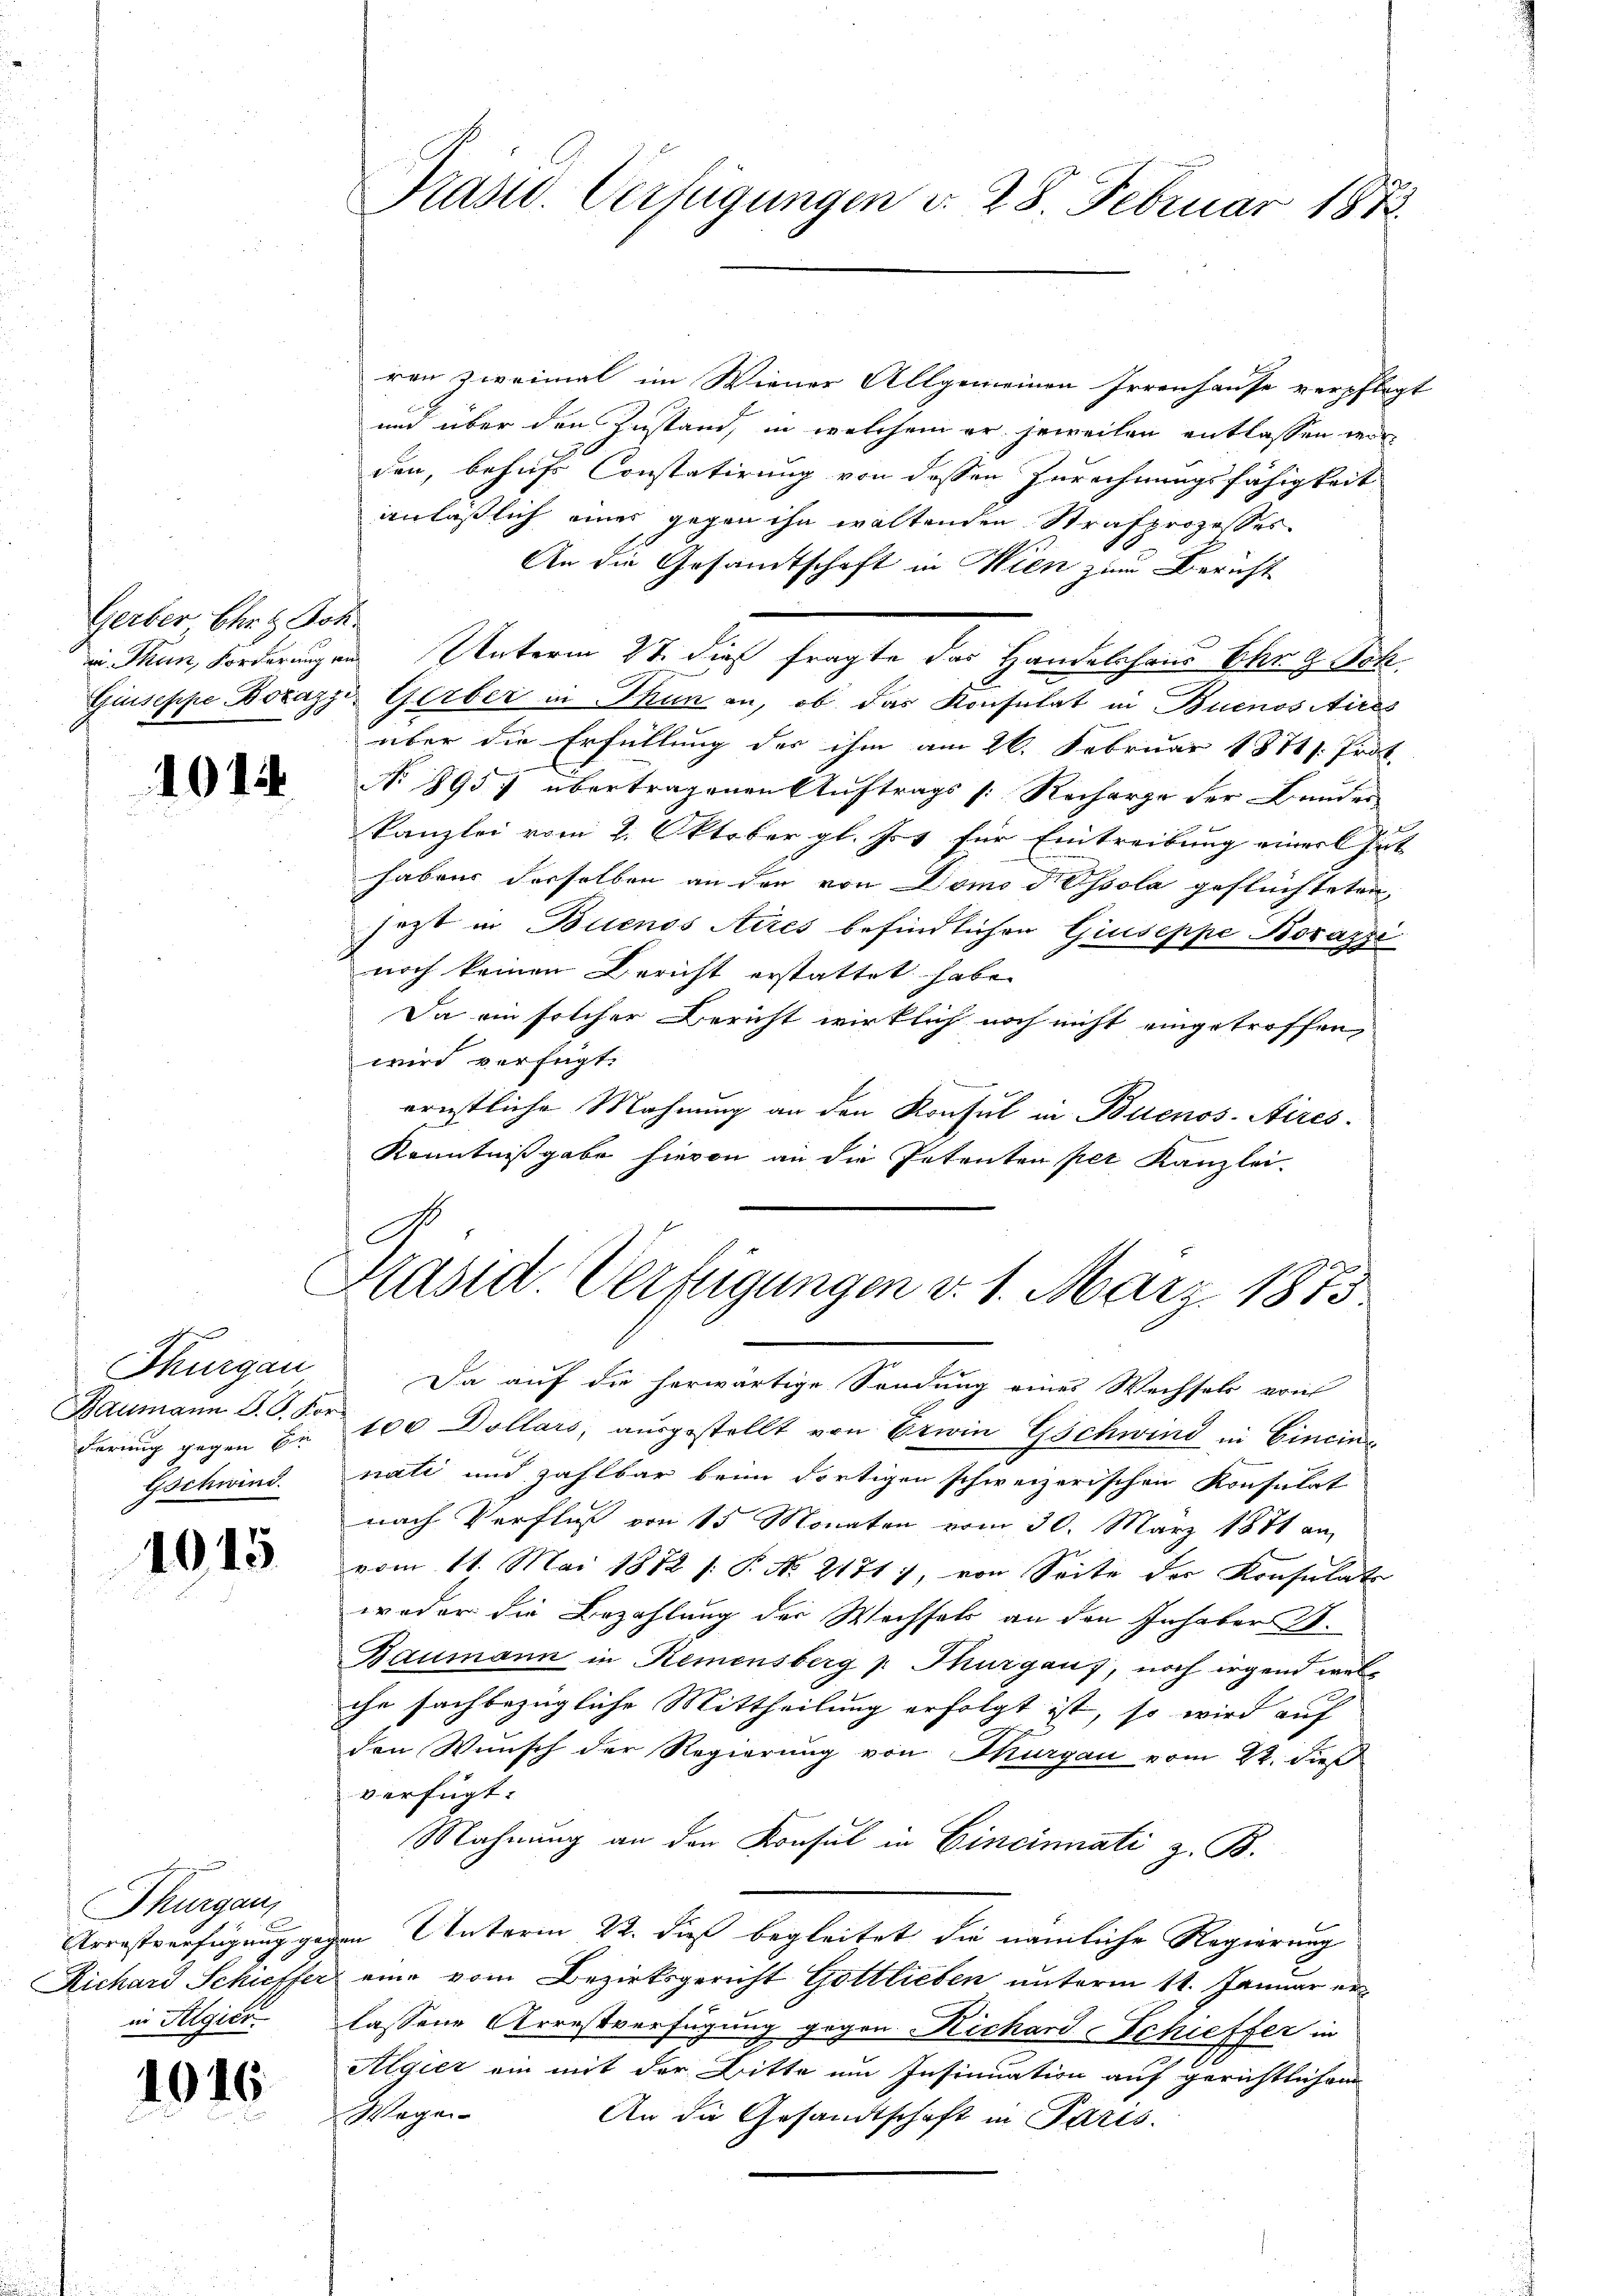
Gerber Ehe Joh

101

1015

1016

Thurgau
derung gegen Be
Gschwind.

Thurgau,
in Algier

Prasw. Verfügungen d. 28. Februar 1873.

ren zweimal im Wiener Allgemeinen Irrenhause verpflegt
und über den Zustand, in welchem er jeweilen entlassen worden, behufs Constatirung von dessen Zurechnungsfähigkeit
anläßlich eines gegen ihn waltenden Strafprozesses
An die Gesandtschaft in Wien zum Bericht
in Thun, Forderungen Unterm 27. dieß fragte das Handelshaus Ehr & Joh.
Giuseppe ocazzi Gerber in Thun an, ob das Konsulat in Buenos Aires
über die Erfüllung der ihm am 26. Februar 1871. Prot
No 8957 übertragenen Auftrags [Recharge der Bruder
Kanzlei vom 2. Oktober gl. J. für Eintreibung einer Gut
habens derselben an den von Domo dissola geflüchteten,
jezt in Buenos Aires befindlichen Giuseppe Borazzi
noch keinen Bericht erstattet habe.
Da ein solcher Bericht wirklich noch nicht eingetroffen,
wird verfügt:
ernstliche Mahnung an den Konsul in Buenos-Aires-
Kenntnißgabe hievon an die Petenten per Kanzlei.

C
Pasid. Verfügungen d. 1. März 1875

Da auf die herwärtige Sendung eines Wechsels von
Baumann J. G. Vor 100 Dollars, aŭsgestellt von Erwin Gschwind in Cincin-
nati und zahlbar beim dortigen schweizerischen Konsulat
nach Verfluß von 15 Monaten vom 30. März 1881 am
vom 11. Mai 1872 /: P. No. 2171), von Seite der Konsulats
weder die Bezahlung der Wechsels an den Inhaber A.
Baumann in Remensberg p. Thurgaus, noch irgend welc
che sachbezügliche Mittheilung erfolgt ist, so wird auf
den Wunsch der Regierung von Thurgau vom 22. dieß
verfügt:
Mahnung an den Konsul in Cincinnati z. B.
Arrestverfügung gegen Unterm 22. dieß begleitet, die nämliche Regierung
Richard Schiffer eine vom Bezirksgericht Gottlieben unterm 11. Januar er
lassene Arrestverfügung gegen Richard Schieffer in
Algier ein mit der Bitte um Insinuation auf gerichtlichem
Wagen
An die Gesandtschaft in Paris.